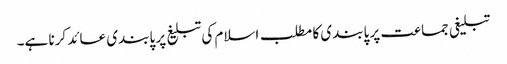
تبلیغی جماعت پر پابندی کا مطلب اسلام کی تبلیغ پر پابندی عائد کرنا ہے۔